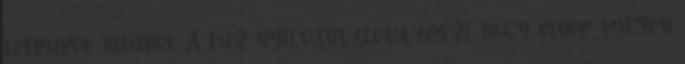
lelküket, hitüket. A tűz nyilvánvalóvá teszi, hogy kinek milyen